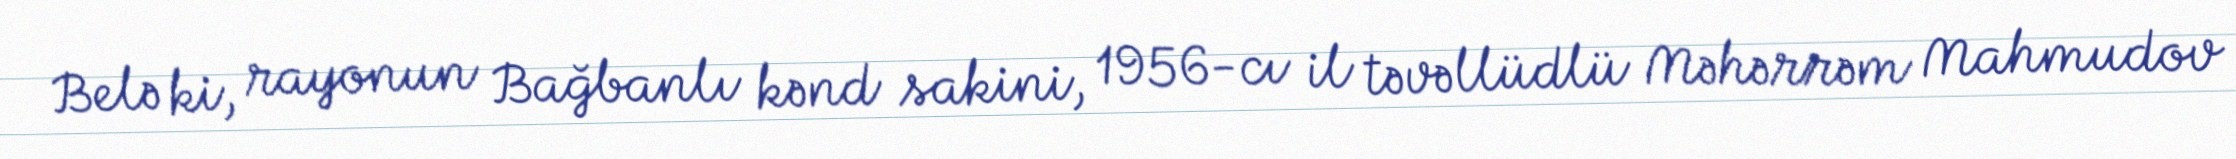
Belə ki, rayonun Bağbanlı kənd sakini, 1956-cı il təvəllüdlü Məhərrəm Mahmudov